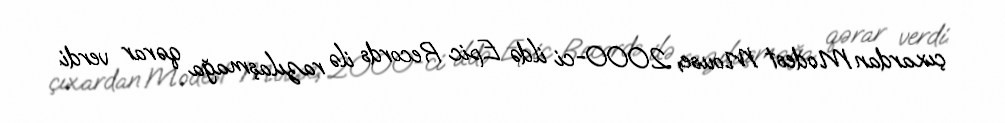
çıxardan Modest Mouse, 2000-ci ildə Epic Records ilə razılaşmağa qərar verdi.